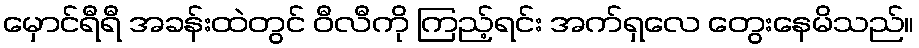
မှောင်ရီရီ အခန်းထဲတွင် ဝီလီကို ကြည့်ရင်း အက်ရှလေ တွေးနေမိသည်။